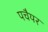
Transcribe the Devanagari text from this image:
पचैयर